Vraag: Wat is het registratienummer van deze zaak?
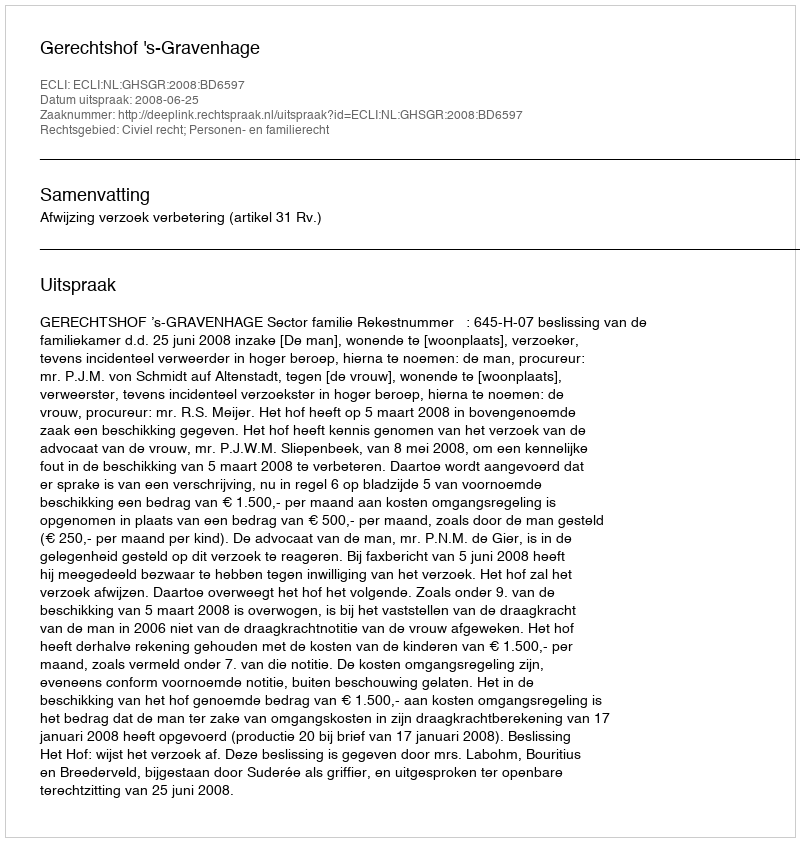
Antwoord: http://deeplink.rechtspraak.nl/uitspraak?id=ECLI:NL:GHSGR:2008:BD6597